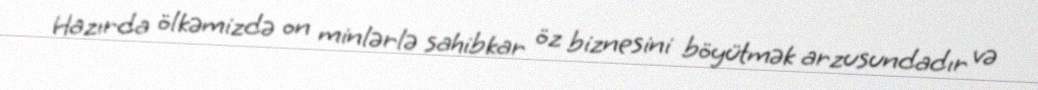
Hazırda ölkəmizdə on minlərlə sahibkar öz biznesini böyütmək arzusundadır və